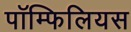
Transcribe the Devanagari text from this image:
पॉम्फिलियस